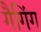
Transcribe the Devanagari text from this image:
गैगिंग